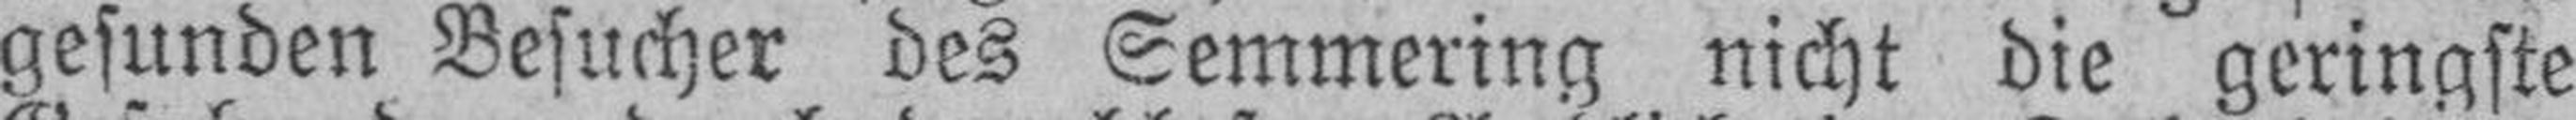
gesunden Besucher des Semmering nicht die geringste